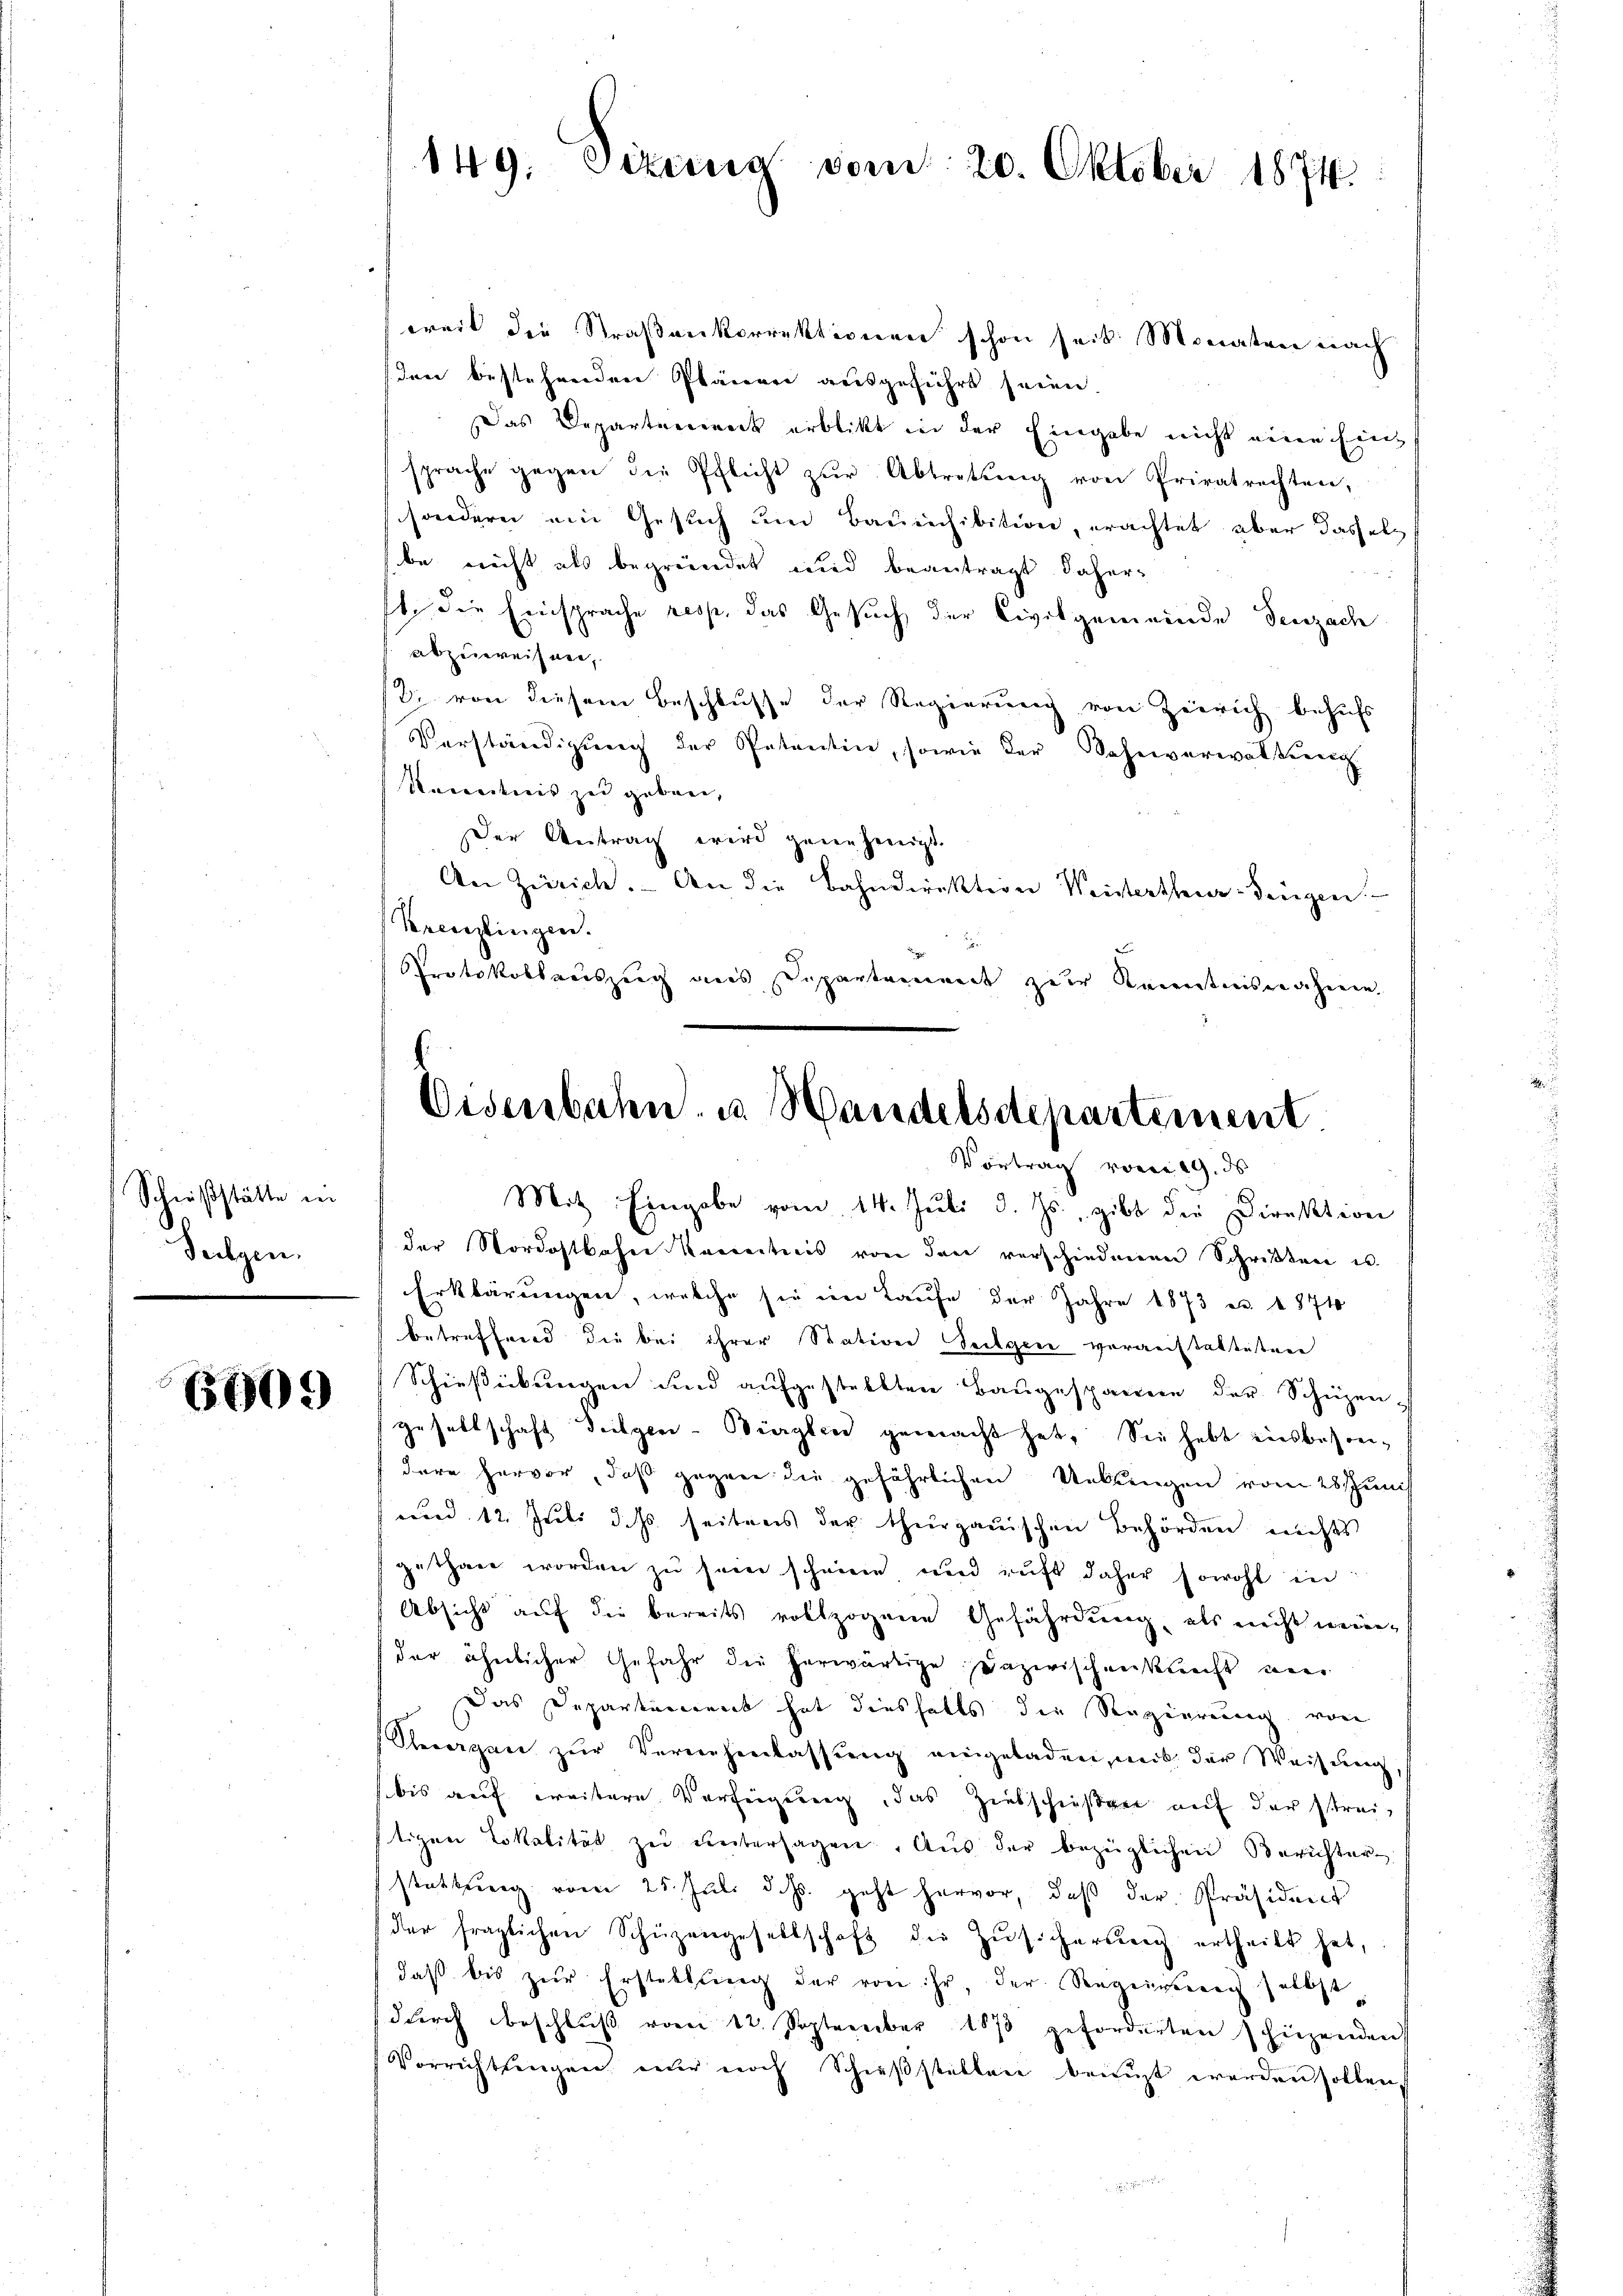
Schießstätte in
derzen.

6909

weit die Straßenkorrektionen schon seit Monaten nach
den bestehenden Planere ausgeführt seien.
Das Departement erblickt in der Eingabe nicht eine Einsprache gegen die Pflicht zŭr Abtretŭng von Privatrechten,
sondern ein Gesuch um Baueichibition, erachtet, aber dasselb
be nicht als begründet und beantragt daher
t die Einsprache resp. das Gesuch der Civilgemeinde Seuzach
abzuweisen,
2. von diesem Beschlusse der Regierung von Zürich behufs
Verständigŭng der Petentin, sowie der Bahnverwaltung
Nenntnis zu geborn,
Der Beitrag wird genehmigt.
An Zürich. An die Bahndirektion Weistertheuer-Singen.
Kreistingen.
Protokollauszug aus Departement zur Kenntnisrechenen

149: Sizung vom 20. Oktober 1874.

E
Eisenbahn. u. Handelsdepartement.
Vortrag vom 19. ds

Mit Eingabe vom 14. Juli d. Js., gibt die Direktion
der Nordostbahn kanntnis von den verschiedenen Schriften in
Erklärungen, welche sie im Laŭfe der Jahre 1873 u. 1874
betreffend die bei ihrer Station Seelgen veranstalteten
Schiesiebungen und aufgestellten Baugespanne der Schüzengesellschaft Teilgen-Bieglen gemacht hat. Sie hebt einsbesondare hervor, daß gegen die gefährlichen Ueblingen vom 28 t Juni
und 12. Juli d. Js. seitens der thurgauischen Behörden nichts
gethan worden zŭ sein scheine und ruft daher sowohl in
Absicht auf die bereits vollzogene Gefährdung, als nicht wer-
der ähnlicher Gefahr die herwärtige Dazwischenkunft ni
Das Departement hat diesfalls die Regierung von
Seorgan zŭr Vernehmlassŭng eingeladen, mit der Weisung,
bis auf weitere Verfügung, das Ziebschießen auf der streitizen Lokalität zu untersagen. Aus der bezüglichen Berichterstattung vom 25. Juli d. Js. geht hervor, daß der Präsident
der fraglichen Schüzengesellschaft die Zŭsicherung ertheilt hat,
daβ bis zŭr Erstellŭng der von ihr, der Regengereich selbst
durch beschluß vom 12. September 1873 geforderten hiezenden
Vorrichtungen nur noch Schieβstellen beauft werden sollen,